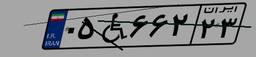
۰۵W۶۶۲۲۳